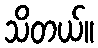
သိတယ်။